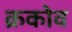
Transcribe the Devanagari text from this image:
क्रकोव